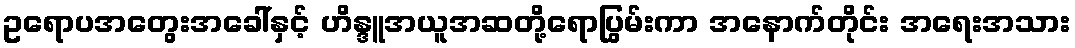
ဥရောပအတွေးအခေါ်နှင့် ဟိန္ဒူအယူအဆတို့ရောပြွမ်းကာ အနောက်တိုင်း အရေးအသား